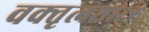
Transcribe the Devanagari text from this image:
वक्‍तृत्वशास्त्र